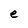
Character: e